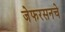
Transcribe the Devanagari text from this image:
जेफरसनचे